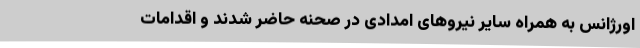
اورژانس به همراه سایر نیروهای امدادی در صحنه حاضر شدند و اقدامات